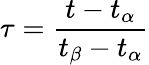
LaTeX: \tau=\frac{t-t_{\alpha}}{t_{\beta}-t_{\alpha}}